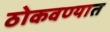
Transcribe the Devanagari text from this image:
ठोकवण्यात